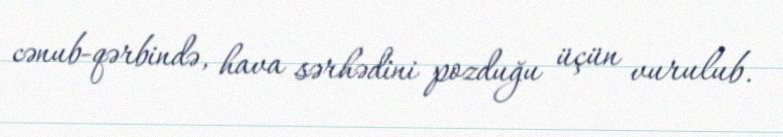
cənub-qərbində, hava sərhədini pozduğu üçün vurulub.